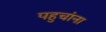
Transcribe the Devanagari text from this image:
पहुचांना